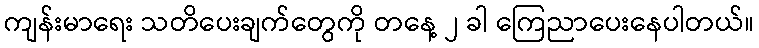
ကျန်းမာရေး သတိပေးချက်တွေကို တနေ့ ၂ ခါ ကြေညာပေးနေပါတယ်။